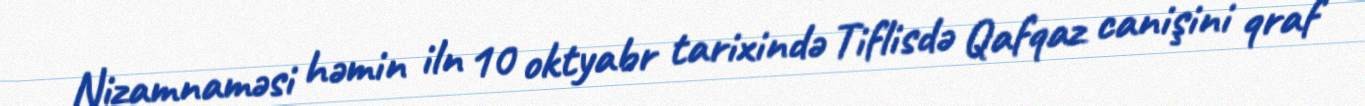
Nizamnaməsi həmin iln 10 oktyabr tarixində Tiflisdə Qafqaz canişini qraf